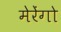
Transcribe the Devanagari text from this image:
मेरेंगो